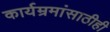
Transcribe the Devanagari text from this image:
कार्यम्रमांसाठीही